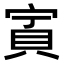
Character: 𧵒